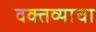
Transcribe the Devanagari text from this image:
वक्तव्याचा